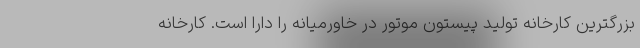
بزرگترین کارخانه تولید پیستون موتور در خاورمیانه را دارا است. کارخانه